Problem: 42 + 32 = ?
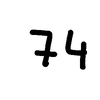
Handwritten answer: 74